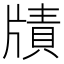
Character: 𤗮